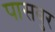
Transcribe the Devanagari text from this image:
पासवुर